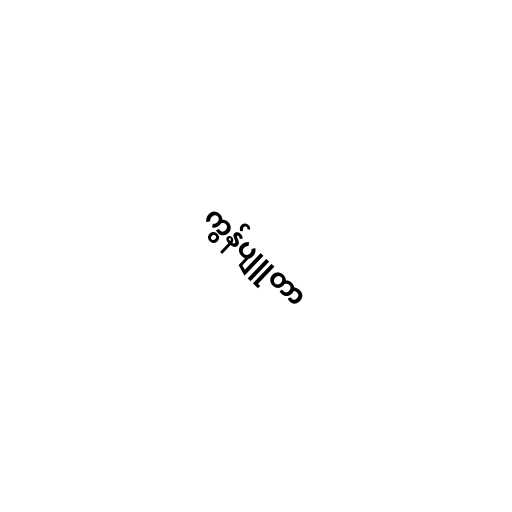
ကွန်ပျူတာ